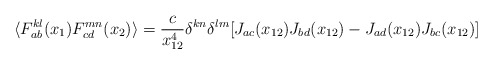
\begin{align*}\langle F^{kl}_{ab}(x_1) F^{mn}_{cd}(x_2) \rangle = \frac{c}{x_{12}^4} \delta^{kn} \delta^{lm} [J_{ac}(x_{12}) J_{bd}(x_{12}) - J_{ad}(x_{12}) J_{bc}(x_{12}) ]\end{align*}